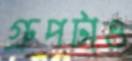
গ্রুপটাও